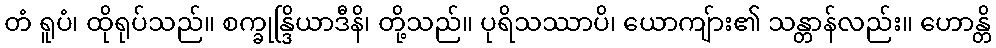
တံ ရူပံ၊ ထိုရုပ်သည်။ စက္ခုန္ဒြိယာဒီနိ၊ တို့သည်။ ပုရိသဿာပိ၊ ယောကျ်ား၏ သန္တာန်လည်း။ ဟောန္တိ